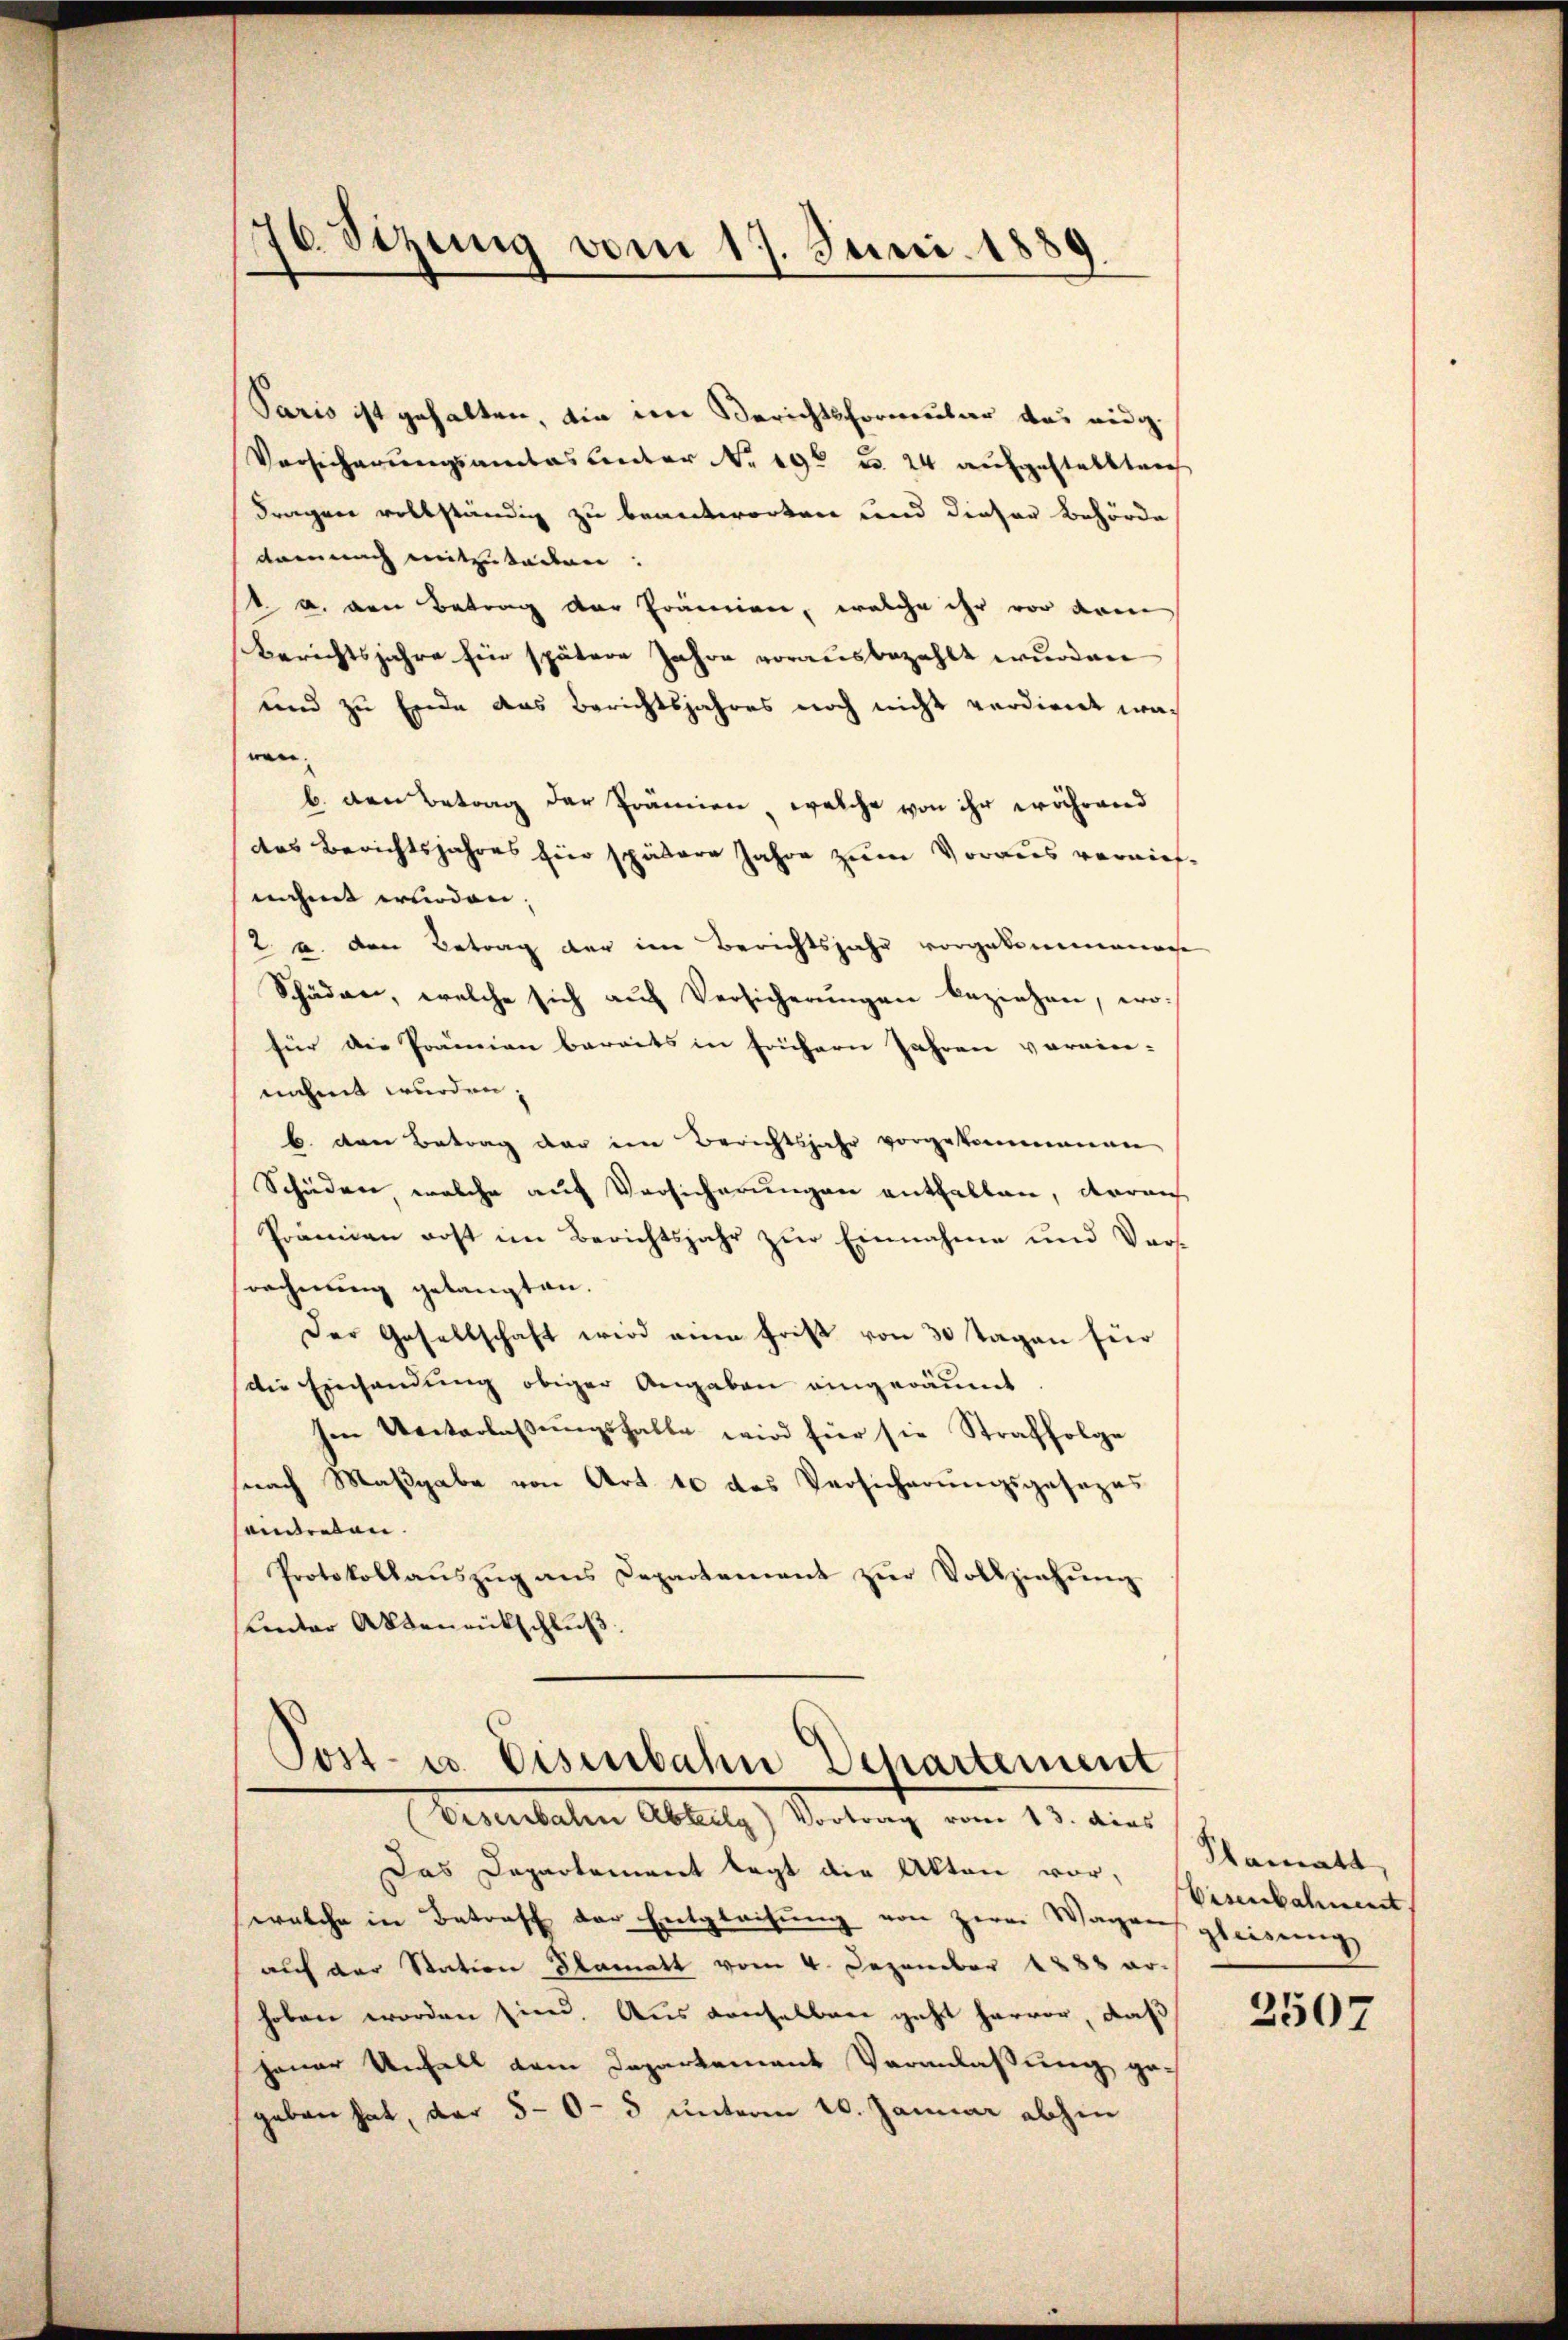
Paris ist gehalten, bin im Berichtsformular bei eidg.
Versicherungsamtes unter No. 190 u. 24 aufgestaltlich
Fragen vollständig zu beantworten und dieser Behörde
demnach mitzutaden.
1 u. von Betrag der Prämien, welche ihr vor drei
Berichtsjahre hin spätere Jahre vorausbezahlt wurden
und zu Ende das Berichtsjahres noch nicht verdient wach
wen.
b. den Betrag der Prämien, welche von ihr während
das Berichtsjahres hier spätere Jahre zum Voraus vernief-
nihmt wurden;
2 u. den Betrag der im Berichtsjahr vorgekommenache
Schäden, welche sich auf Versicherungen beziehen, wofür die Prämien bereits in frühern Jahren vorwie-
nahmt werden;
b. den Betrag der im Berichtsjahr vorgekommenen
Schüden, welche auf Versicherungen enthalten, darauf
Prämien erst im Berichtsjahr zur Einnahme und Vor-
rechnung gelangten.
Der Gesellschaft wird eine Frist von 30 Tagen für
die Einhandung obiger Angaben eingeräumt.
hen Weiterlaβŭngsfalle wird für sie Straffolge
(nach Maßgabe von Art 10 das Versicherungsgesezes
eintreten.
Protokollaŭszŭg ans Departement zŭr Vollziehŭng
Lentor Aktenrückschluß

76. Sizung vom 17. Juni 1889.

Post- u. Eisenbahn Departement
(Visenbahn Abteilg) Vortrag vom 13. dies

Das Departement legt die Akten vor,
welche in Betreff der Entgleihung von Herrn Wagens gliedung
auf der Station Blamatt vom 4. Dezember 1888 ar-
hoben worden sind. Aus denselben geht hervor, daß
jener Unfall dem Departement Veranlaßung gegeben hat, der 50 - 5 unterm 20. Januar abhin

Plamatt,
Eisenbahnent

2507